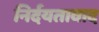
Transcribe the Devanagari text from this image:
निर्दयतावाद